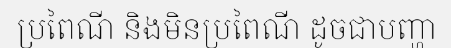
ប្រពៃណី និងមិនប្រពៃណី ដូចជាបញ្ហា